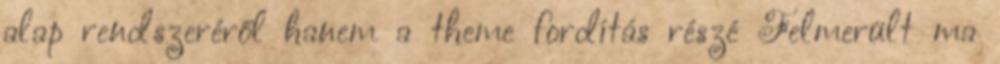
alap rendszeréről hanem a theme fordítás részé Felmerült ma